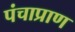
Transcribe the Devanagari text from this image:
पंचाप्राण